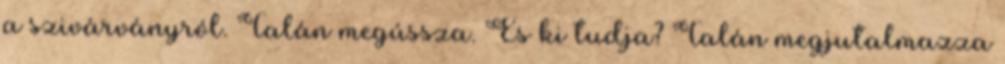
a szivárványról. Talán megússza. És ki tudja? Talán megjutalmazza